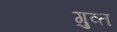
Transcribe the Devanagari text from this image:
गुव्त